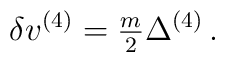
\delta v^{(4)}={\textstyle\frac{m}{2}}\Delta^{(4)}\, .